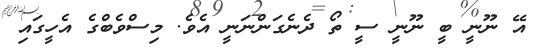
އޭ ނޫނީ ބީ ނޫނީ ސީ ތޯ ދެނެގަންނަނީ އެވެ. މިސްވެބްގެ އެހީގައި